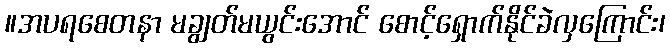
။အပရစေတနာ မချွတ်မယွင်းအောင် စောင့်ရှောက်နိုင်ခဲလှကြောင်း၊